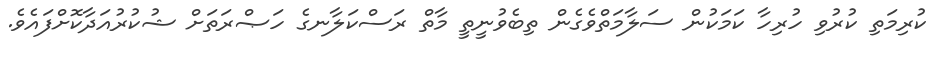
ކުރިމަތި ކުރުވި ހުރިހާ ކަމަކުން ސަލާމަތްވެގެން ތިބެވުނީތީ މާތް ރަސްކަލާނގެ ހަޞްރަތަށް ޝުކުރުއަދާކޮށްފައެވެ.